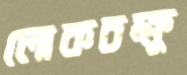
লোকচক্ষু